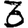
Digit: 3